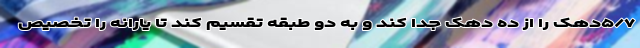
٧/۵دهک را از ده دهک جدا کند و به دو طبقه تقسیم کند تا یارانه را تخصیص